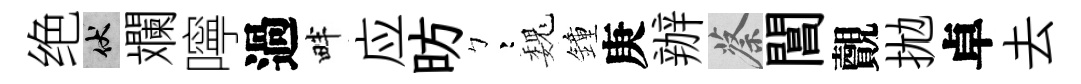
绝伏斕嚀過畔应昉彎巍鐘庚辦蔡閶覿拋卓去